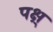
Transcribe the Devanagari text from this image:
पक्ष्